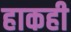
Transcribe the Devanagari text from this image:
हाकही